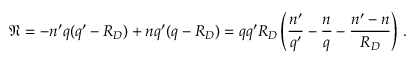
\mathfrak { N } = - n ^ { \prime } q ( q ^ { \prime } - R _ { D } ) + n q ^ { \prime } ( q - R _ { D } ) = q q ^ { \prime } R _ { D } \left( { \frac { n ^ { \prime } } { q ^ { \prime } } } - { \frac { n } { q } } - { \frac { n ^ { \prime } - n } { R _ { D } } } \right) \, .